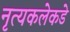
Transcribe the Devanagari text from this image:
नृत्यकलेकडे